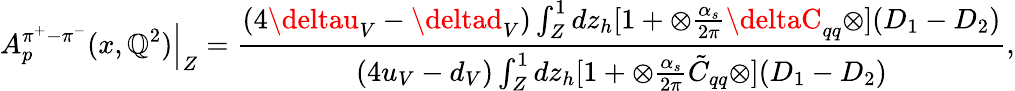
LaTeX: A_{p}^{\pi^{+}-\pi^{-}}(x,\mathbb{Q}^{2}){\Bigl|}_{Z}=\frac{{(4\deltau_{V}-\deltad_{V})\int_{Z}^{1}dz_{h}[1+\otimes\frac{{\alpha_{s}}}{{2\pi}}\deltaC_{qq}\otimes](D_{1}-D_{2})}}{{(4u_{V}-d_{V})\int_{Z}^{1}dz_{h}[1+\otimes\frac{{\alpha_{s}}}{{2\pi}}\tilde{{C}}_{qq}\otimes](D_{1}-D_{2})}},